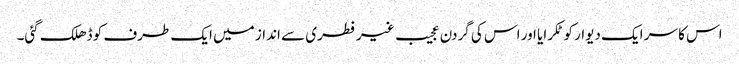
اس کا سر ایک دیوار کو ٹکرایا اور اس کی گردن عجیب غیر فطری سے انداز میں ایک طرف کو ڈھلک گئی۔